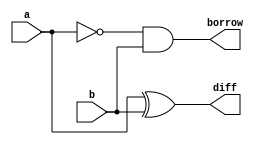
module half_sub(input a,b, output diff,borrow);
	assign diff = a ^ b;
	assign borrow = ~a & b;
endmodule